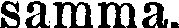
samma.